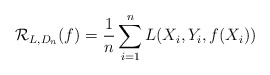
\begin{align*}\mathcal R_{L, D_n} (f) = \frac{1}{n} \sum_{i=1}^n L(X_i, Y_i, f(X_i))\end{align*}